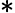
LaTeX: *